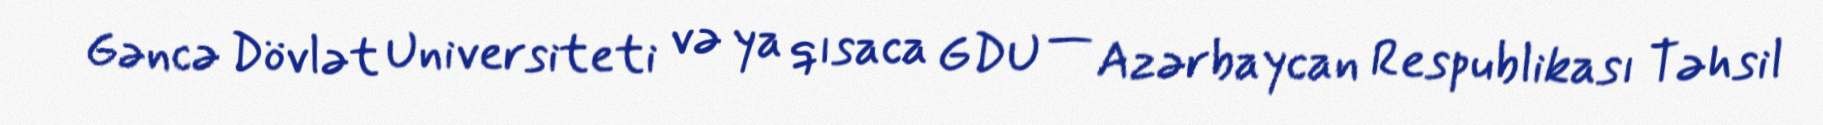
Gəncə Dövlət Universiteti və ya qısaca GDU — Azərbaycan Respublikası Təhsil